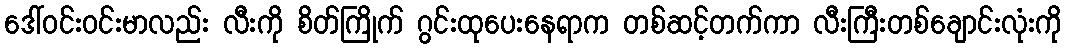
ဒေါ်ဝင်းဝင်းမာလည်း လီးကို စိတ်ကြိုက် ဂွင်းထုပေးနေရာက တစ်ဆင့်တက်ကာ လီးကြီးတစ်ချောင်းလုံးကို